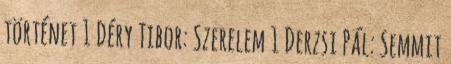
történet 1 Déry Tibor: Szerelem 1 Derzsi Pál: Semmit